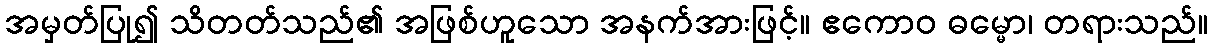
အမှတ်ပြု၍ သိတတ်သည်၏ အဖြစ်ဟူသော အနက်အားဖြင့်။ ဧကောဝ ဓမ္မော၊ တရားသည်။